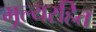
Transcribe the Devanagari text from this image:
मूल्यरहित